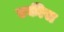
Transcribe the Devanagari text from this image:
एकीस